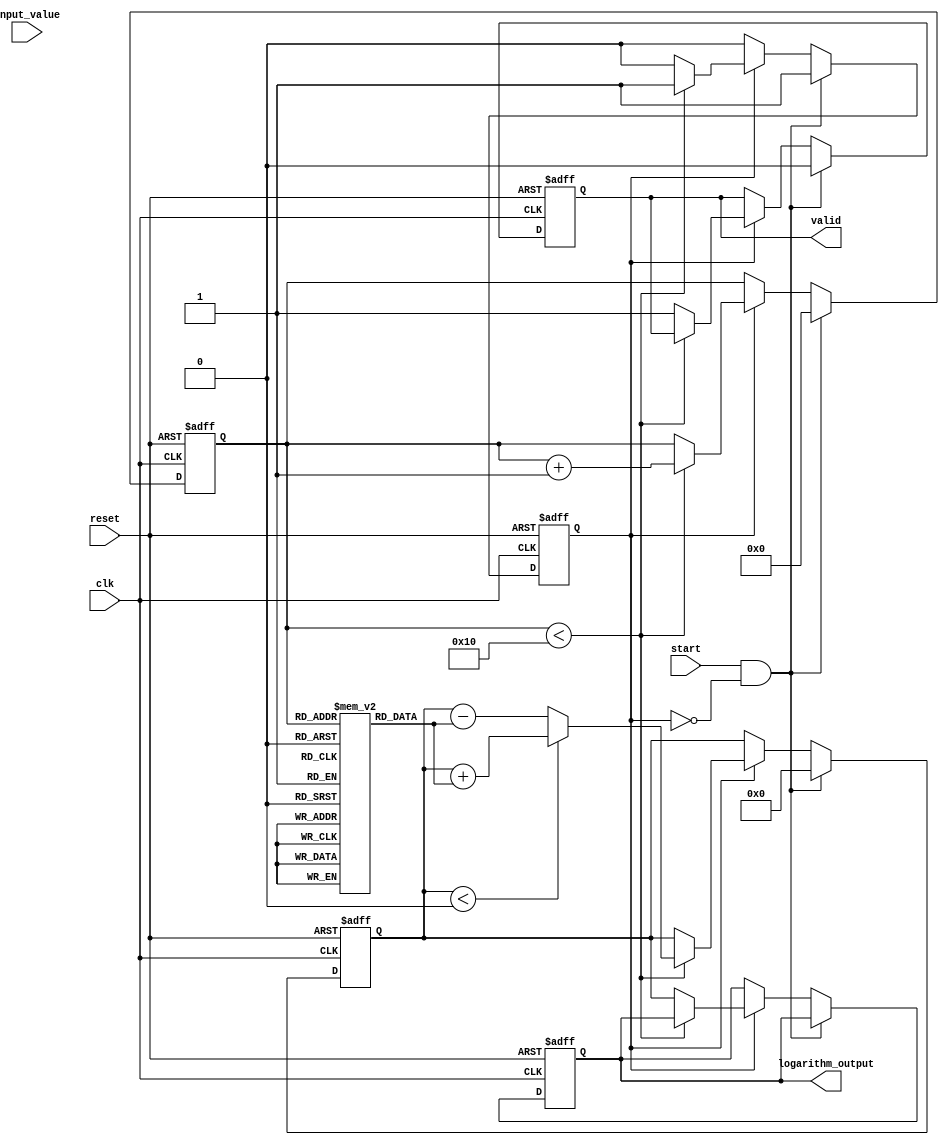
module cordic_logarithm(
    input wire clk,
    input wire reset,
    input wire start,
    input wire [15:0] input_value, // Fixed-point input value
    output reg valid,
    output reg [15:0] logarithm_output // Fixed-point output value for logarithm
);

parameter MAX_ITERATIONS = 16;
parameter CORDIC_GAIN = 16'd1448; // Approximate scaling factor for log
reg [15:0] x, y, z;
reg [3:0] iteration;
reg signed [15:0] atan_table [0:MAX_ITERATIONS-1]; // Precomputed arctangent values in fixed-point
reg computing;

// Initialize the arctangent table values for CORDIC
initial begin
    atan_table[0]  = 16'd32139; // atan(1) * 2^14
    atan_table[1]  = 16'd15813; // atan(0.5) * 2^14
    atan_table[2]  = 16'd7938;  // atan(0.25) * 2^14
    atan_table[3]  = 16'd3966;  // atan(0.125) * 2^14
    // Additional precomputed values for higher i omitted for brevity
end

// CORDIC iterative logic
always @(posedge clk or posedge reset) begin
    if (reset) begin
        valid <= 0;
        computing <= 0;
        logarithm_output <= 0;
        iteration <= 0;
        x <= 0;
        y <= 0;
        z <= 0;
    end else begin
        if (start && !computing) begin
            // Initialize for CORDIC
            x <= input_value * CORDIC_GAIN; // Scale input
            y <= 0; // Initial y will be 0
            z <= 0; // Start with an angle of 0
            valid <= 0;
            computing <= 1;
            iteration <= 0;
        end else if (computing) begin
            // Perform CORDIC iteration
            if (iteration < MAX_ITERATIONS) begin
                if(z < 0) begin
                    x <= x + (y >> iteration); // Use right shift to divide by 2^iteration
                    y <= y - (x >> iteration);
                    z <= z + atan_table[iteration];
                end else begin
                    x <= x - (y >> iteration);
                    y <= y + (x >> iteration);
                    z <= z - atan_table[iteration];
                end
                iteration <= iteration + 1;
            end else begin
                // Complete CORDIC, scale output and finalize
                logarithm_output <= z; // Scale or adjust output if necessary
                computing <= 0;
                valid <= 1; // Output is valid
            end
        end
    end
end

endmodule